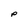
Character: p